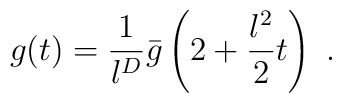
g(t) = \frac{1}{l^D } \bar{g} \left( 2+\frac{l^2 }{2} t \right) \ .